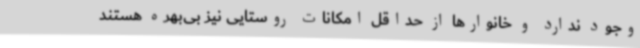
وجود ندارد و خانوارها از حداقل امکانات روستایی نیز بی‌بهره‌ هستند